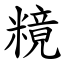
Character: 糡